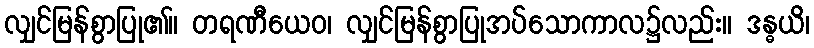
လျှင်မြန်စွာပြု၏။ တရဏီယေဝ၊ လျှင်မြန်စွာပြုအပ်သောကာလ၌လည်း။ ဒန္ဓယိ၊